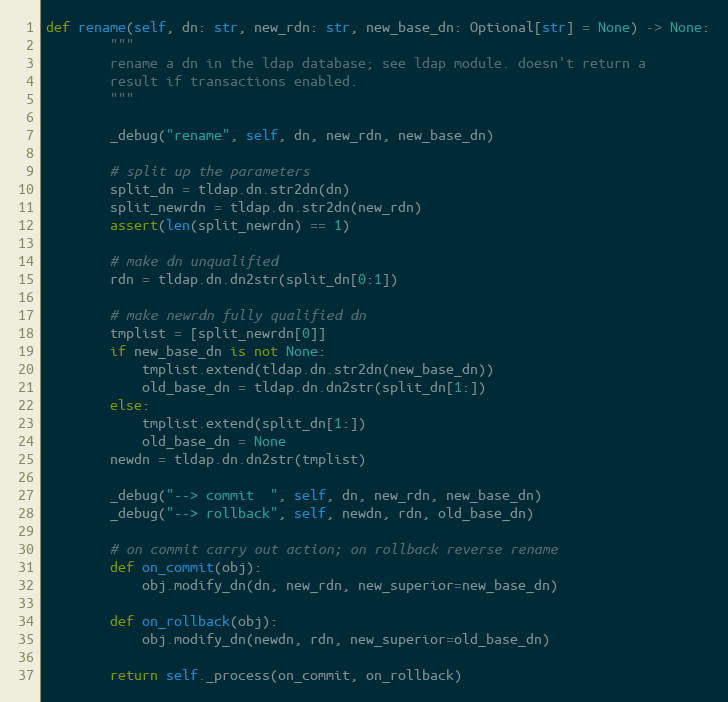
Language: Python
def rename(self, dn: str, new_rdn: str, new_base_dn: Optional[str] = None) -> None:
        """
        rename a dn in the ldap database; see ldap module. doesn't return a
        result if transactions enabled.
        """

        _debug("rename", self, dn, new_rdn, new_base_dn)

        # split up the parameters
        split_dn = tldap.dn.str2dn(dn)
        split_newrdn = tldap.dn.str2dn(new_rdn)
        assert(len(split_newrdn) == 1)

        # make dn unqualified
        rdn = tldap.dn.dn2str(split_dn[0:1])

        # make newrdn fully qualified dn
        tmplist = [split_newrdn[0]]
        if new_base_dn is not None:
            tmplist.extend(tldap.dn.str2dn(new_base_dn))
            old_base_dn = tldap.dn.dn2str(split_dn[1:])
        else:
            tmplist.extend(split_dn[1:])
            old_base_dn = None
        newdn = tldap.dn.dn2str(tmplist)

        _debug("--> commit  ", self, dn, new_rdn, new_base_dn)
        _debug("--> rollback", self, newdn, rdn, old_base_dn)

        # on commit carry out action; on rollback reverse rename
        def on_commit(obj):
            obj.modify_dn(dn, new_rdn, new_superior=new_base_dn)

        def on_rollback(obj):
            obj.modify_dn(newdn, rdn, new_superior=old_base_dn)

        return self._process(on_commit, on_rollback)